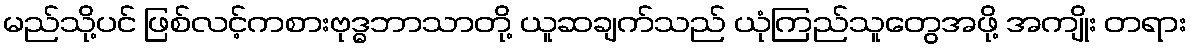
မည်သို့ပင် ဖြစ်လင့်ကစားဗုဒ္ဓဘာသာတို့ ယူဆချက်သည် ယုံကြည်သူတွေအဖို့ အကျိုး တရား